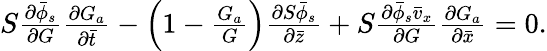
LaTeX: \begin{array}{r}{S\frac{\partial\bar{\phi}_{s}}{\partial G}\frac{\partial G_{a}}{\partial\bar{t}}-\Bigl(1-\frac{G_{a}}{G}\Bigr)\frac{\partial S\bar{\phi}_{s}}{\partial\bar{z}}+S\frac{\partial\bar{\phi}_{s}\bar{v}_{x}}{\partial G}\frac{\partial G_{a}}{\partial\bar{x}}=0.}\end{array}